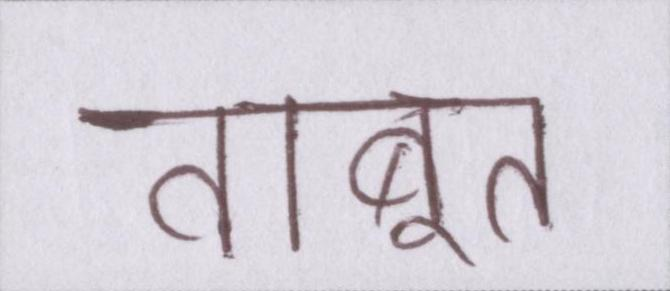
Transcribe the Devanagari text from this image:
ताबूत